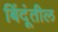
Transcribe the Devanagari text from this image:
बिंदूंतील